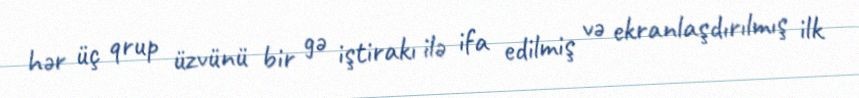
hər üç qrup üzvünü bir gə iştirakı ilə ifa edilmiş və ekranlaşdırılmış ilk